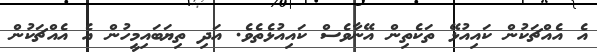
އެ އެއްޗަކުން ކައިއުޅޭ ތަކެތިން އޭނާވެސް ކައިއުޅެތެވެ. އަދި ތިޔަބައިމީހުން އެ އެއްޗަކުން